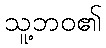
သူ့ဘဝ၏